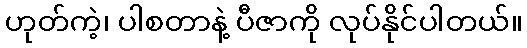
ဟုတ်ကဲ့၊ ပါစတာနဲ့ ပီဇာကို လုပ်နိုင်ပါတယ်။